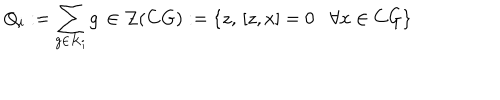
Q _ { i } : = \sum _ { g \in K _ { i } } g \, \in \mathcal { Z } ( \mathbf { C } G ) : = \left\{ z , \, \left[ z , x \right] = 0 \, \, \, \, \, \forall x \in C G \right\} \, \,